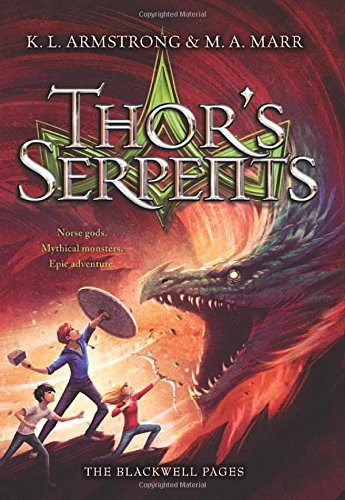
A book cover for Thor's Serpents (The Blackwell Pages); K. L. Armstrong; Children's Books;